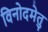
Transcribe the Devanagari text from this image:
विनोदमेतु